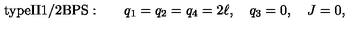
\mathrm { t y p e I I 1 / 2 B P S : } \qquad q _ { 1 } = q _ { 2 } = q _ { 4 } = 2 \ell , \quad q _ { 3 } = 0 , \quad J = 0 ,